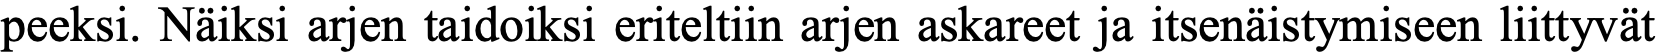
peeksi. Näiksi arjen taidoiksi eriteltiin arjen askareet ja itsenäistymiseen liittyvät